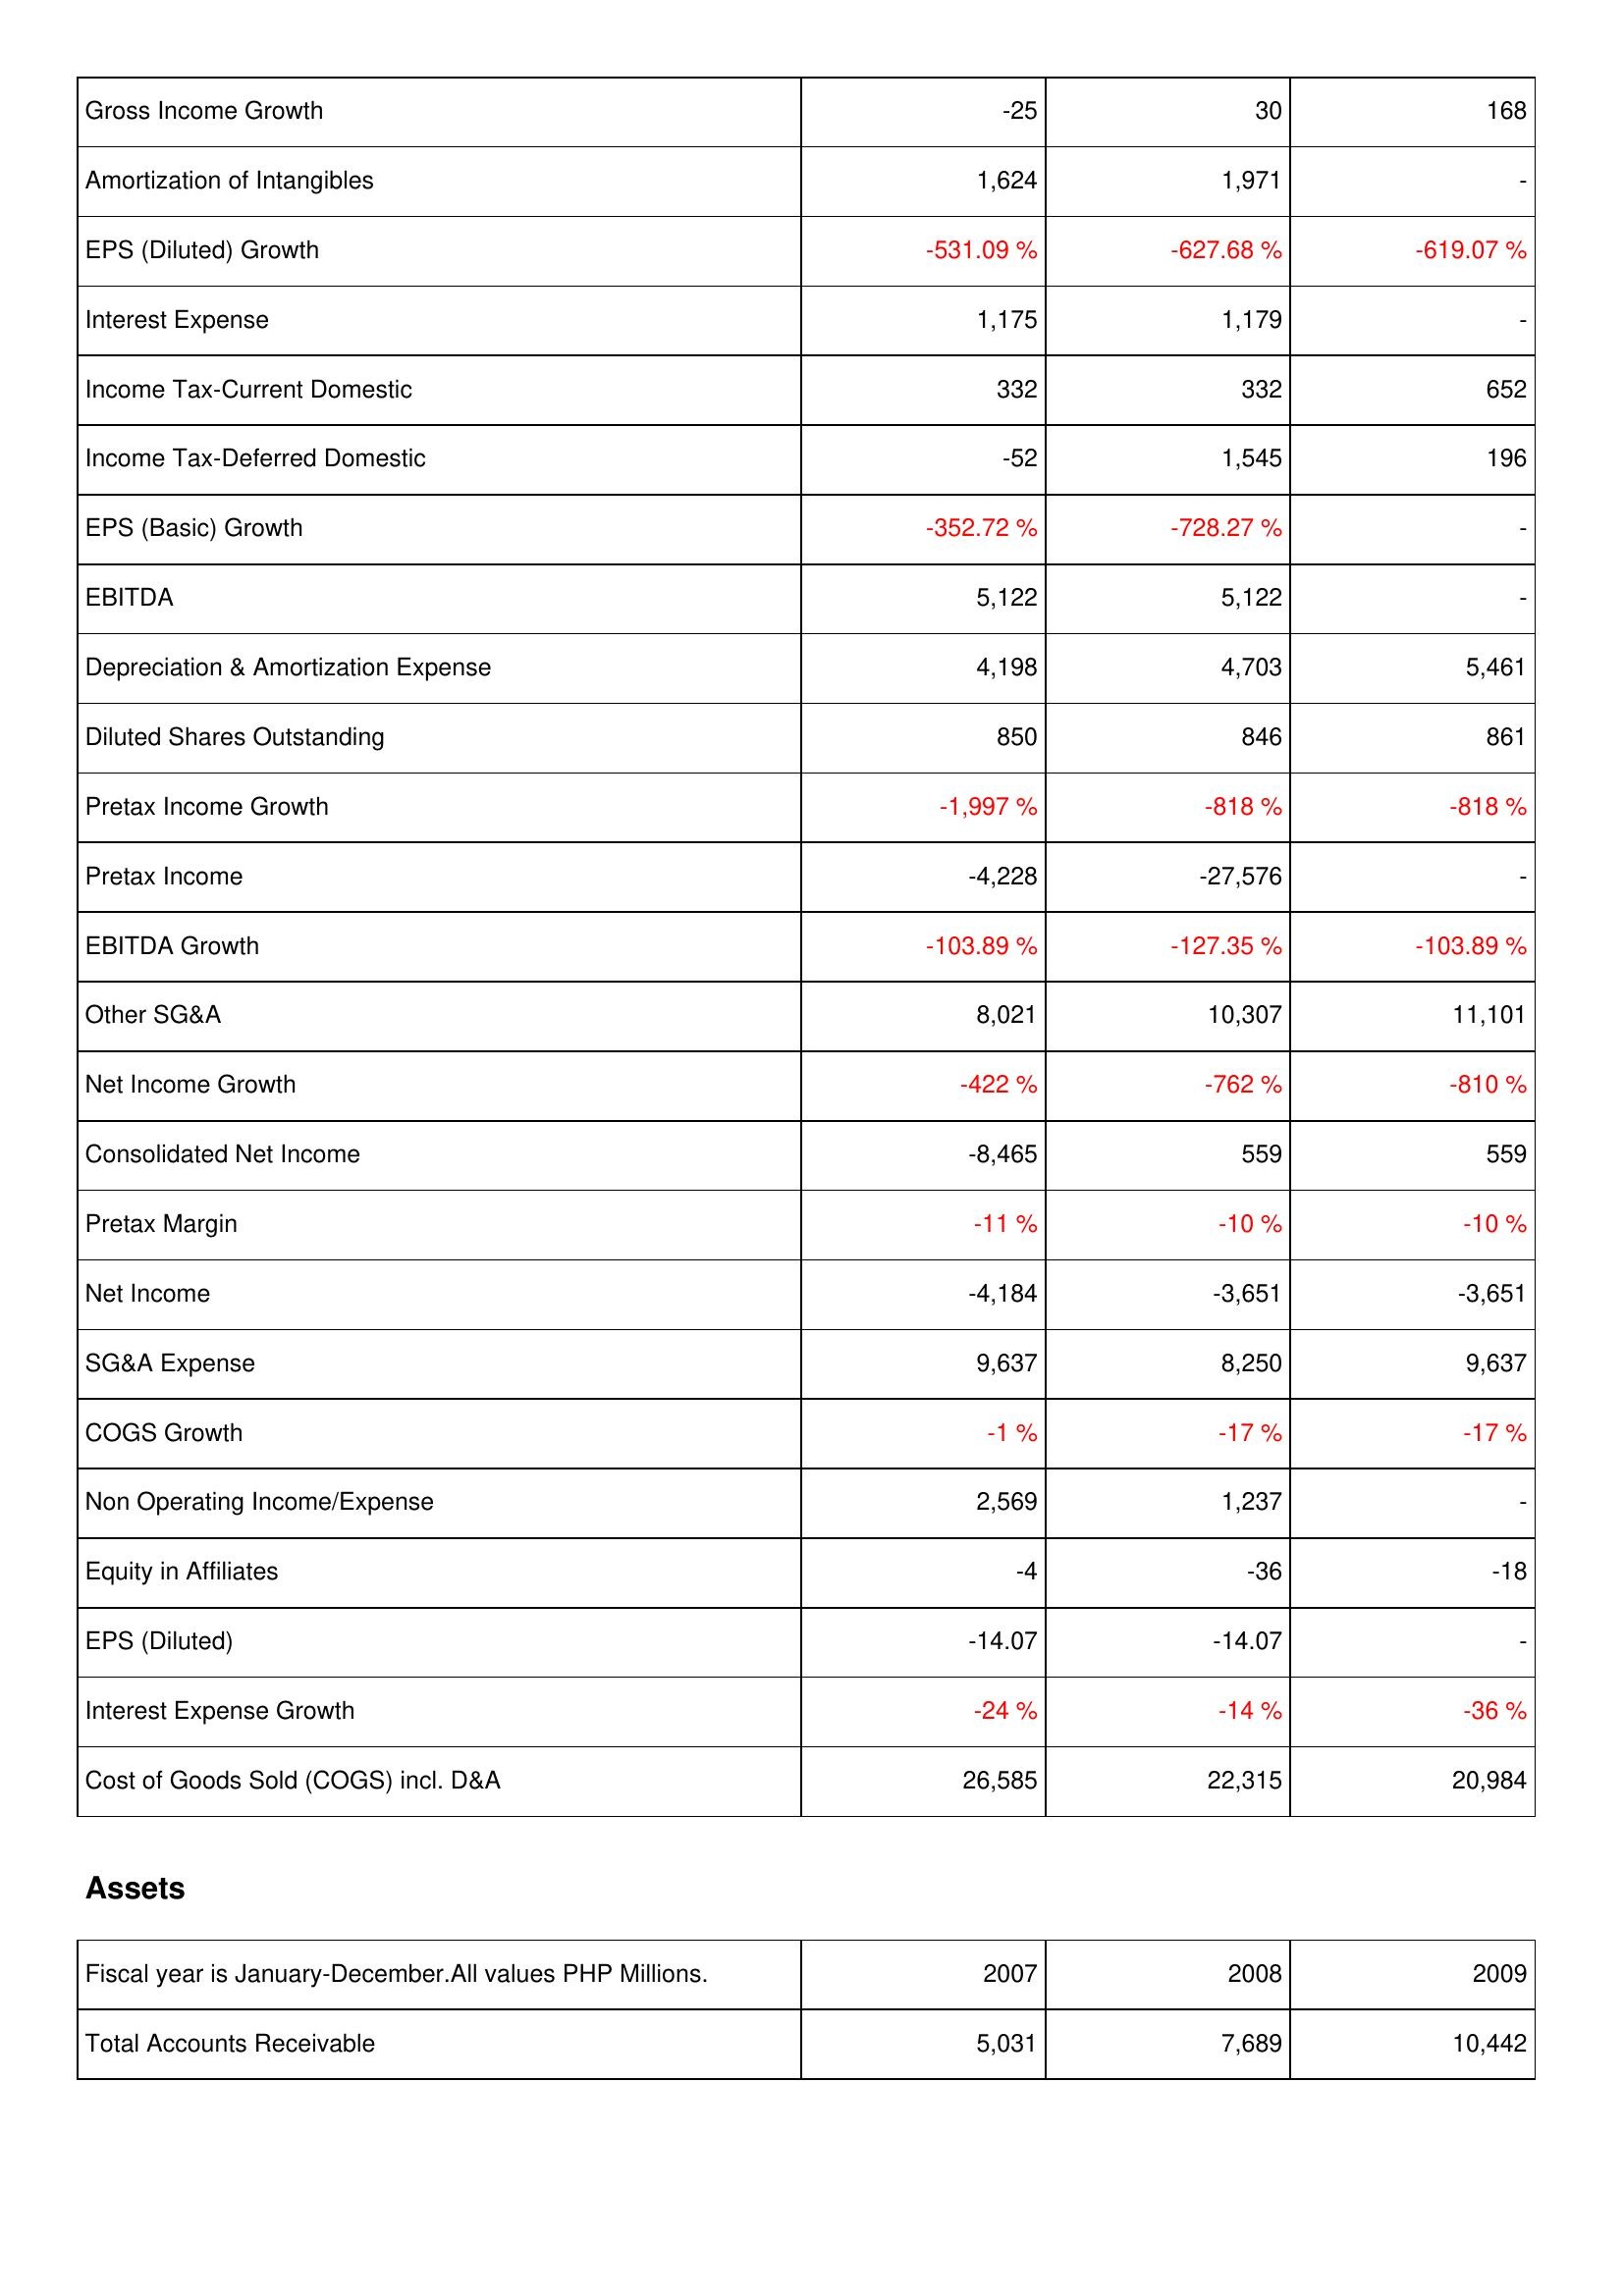
2007: Income Statement: Gross Income Growth: -25
Amortization of Intangibles: 1,624
EPS (Diluted) Growth: -531.09 %
Interest Expense: 1,175
Income Tax-Current Domestic: 332
Income Tax-Deferred Domestic: -52
EPS (Basic) Growth: -352.72 %
EBITDA: 5,122
Depreciation & Amortization Expense: 4,198
Diluted Shares Outstanding: 850
Pretax Income Growth: -1,997 %
Pretax Income: -4,228
EBITDA Growth: -103.89 %
Other SG&A: 8,021
Net Income Growth: -422 %
Consolidated Net Income: -8,465
Pretax Margin: -11 %
Net Income: -4,184
SG&A Expense: 9,637
COGS Growth: -1 %
Non Operating Income/Expense: 2,569
Equity in Affiliates: -4
EPS (Diluted): -14.07
Interest Expense Growth: -24 %
Cost of Goods Sold (COGS) incl. D&A: 26,585
Assets: Total Accounts Receivable: 5,031
2008: Income Statement: Gross Income Growth: 30
Amortization of Intangibles: 1,971
EPS (Diluted) Growth: -627.68 %
Interest Expense: 1,179
Income Tax-Current Domestic: 332
Income Tax-Deferred Domestic: 1,545
EPS (Basic) Growth: -728.27 %
EBITDA: 5,122
Depreciation & Amortization Expense: 4,703
Diluted Shares Outstanding: 846
Pretax Income Growth: -818 %
Pretax Income: -27,576
EBITDA Growth: -127.35 %
Other SG&A: 10,307
Net Income Growth: -762 %
Consolidated Net Income: 559
Pretax Margin: -10 %
Net Income: -3,651
SG&A Expense: 8,250
COGS Growth: -17 %
Non Operating Income/Expense: 1,237
Equity in Affiliates: -36
EPS (Diluted): -14.07
Interest Expense Growth: -14 %
Cost of Goods Sold (COGS) incl. D&A: 22,315
Assets: Total Accounts Receivable: 7,689
2009: Income Statement: Gross Income Growth: 168
Amortization of Intangibles: -
EPS (Diluted) Growth: -619.07 %
Interest Expense: -
Income Tax-Current Domestic: 652
Income Tax-Deferred Domestic: 196
EPS (Basic) Growth: -
EBITDA: -
Depreciation & Amortization Expense: 5,461
Diluted Shares Outstanding: 861
Pretax Income Growth: -818 %
Pretax Income: -
EBITDA Growth: -103.89 %
Other SG&A: 11,101
Net Income Growth: -810 %
Consolidated Net Income: 559
Pretax Margin: -10 %
Net Income: -3,651
SG&A Expense: 9,637
COGS Growth: -17 %
Non Operating Income/Expense: -
Equity in Affiliates: -18
EPS (Diluted): -
Interest Expense Growth: -36 %
Cost of Goods Sold (COGS) incl. D&A: 20,984
Assets: Total Accounts Receivable: 10,442